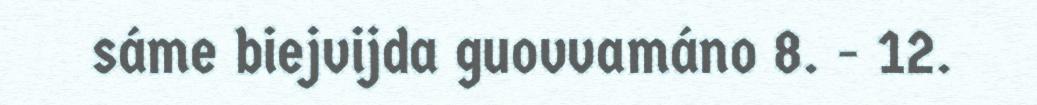
sáme biejvijda guovvamáno 8. - 12.